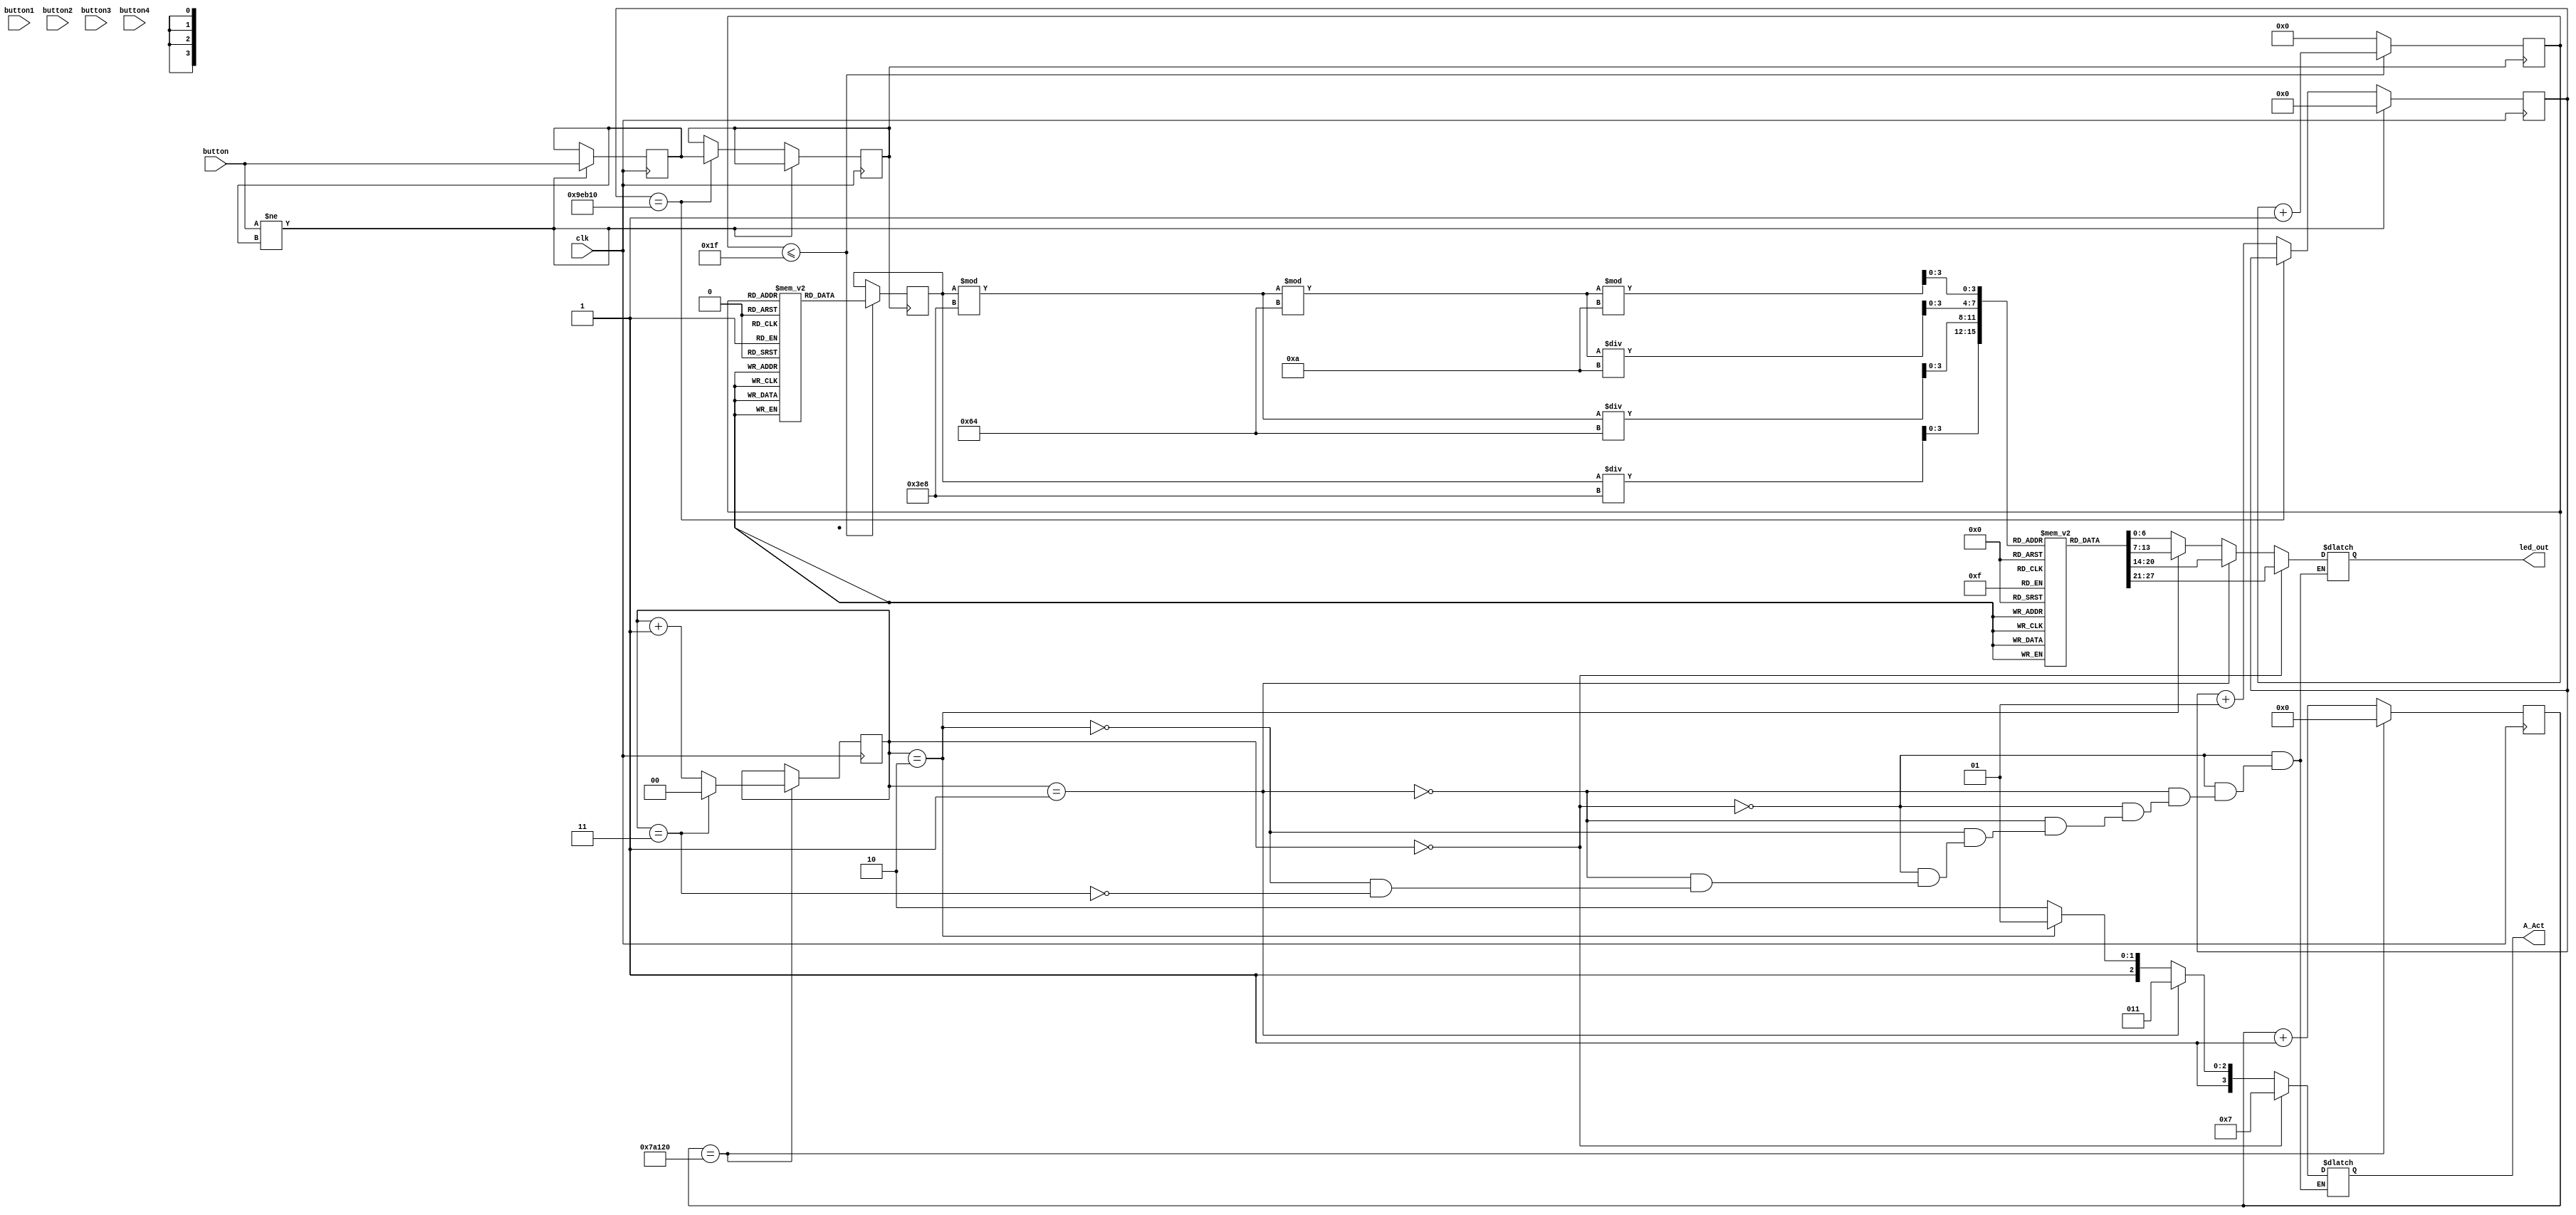
`timescale 1ns / 1ps
//////////////////////////////////////////////////////////////////////////////////
// Company: 
// Engineer:  
// Design Name: 
// Module Name: sdfdf
// Project Name: 
// Target Devices: 
// Tool Versions: 
// Description: 
// Dependencies: 
// Revision:
// Revision 0.01 - File Created
// Additional Comments:
//////////////////////////////////////////////////////////////////////////////////

module test(
 input button1,
 input button2, 
 input  button3,
 input button4,
 input clk, 
 input button,
 output reg [6:0] led_out,
 output reg [3:0] A_Act
);

  ///reg [3:0] digit_select = 4'b0000; // Initial digit selection
  reg [31:0]outnum=0000; 
  reg [25:0] count_25ms;
  reg [3:0] seg_a;
  reg [3:0] seg_b;
  reg [3:0] seg_c;
  reg [3:0] seg_d;
  reg [1:0] level; 
  reg [6:0] seg_display [0:9];
  reg[4:0]x =0;
  reg  xnew=0;
 reg buttonnew;
 integer count = 0;
 integer delay = 650000; // 6.5ms delay


// reading outputed data from cpu
 reg [31:0] instr_mem [0:31]; 	// instruction array

integer i ;

        
    // initial
    // begin
        
    //     $readmemb("output.mem", instr_mem);
    // end
    
   

    // initial
    // begin
    
    //    #5
    //     for(i=0;i<32;i++)
    //     $display (instr_mem[i]);  
        
        
    // end

    initial begin
        {instr_mem[          0]}= 32'b00000000000000000000000000000000;
        {instr_mem[          1]}= 32'b00000000000000000000000000000001;
        {instr_mem[          2]}= 32'b00000000000000000000000000000010;
        {instr_mem[          3]}= 32'b00000000000000000000000000000010;
        {instr_mem[          4]}= 32'b00000000000000000000000000000011;
        {instr_mem[          5]}= 32'b00000000000000000000000000001000;
        {instr_mem[          6]}= 32'b00000000000000000000000000000001;
        {instr_mem[          7]}= 32'b00000000000000000000000000000000;
        {instr_mem[          8]}= 32'b00000000000000000000000000000101;
        {instr_mem[          9]}= 32'b00000000000000000000000000000000;
        {instr_mem[         10]}= 32'b00000000000000000000000000000000;
        {instr_mem[         11]}= 32'b00000000000000000000000000000000;
        {instr_mem[         12]}= 32'b00000000000000000000000000000000;
        {instr_mem[         13]}= 32'b00000000000000000000000000000000;
        {instr_mem[         14]}= 32'b00000000000000000000000000000000;
        {instr_mem[         15]}= 32'b00000000000000000000000000000000;
        {instr_mem[         16]}= 32'b00000000000000000000000000000000;
        {instr_mem[         17]}= 32'b00000000000000000000000000000000;
        {instr_mem[         18]}= 32'b00000000000000000000000000000000;
        {instr_mem[         19]}= 32'b00000000000000000000000000000000;
        {instr_mem[         20]}= 32'b00000000000000000000000000000000;
        {instr_mem[         21]}= 32'b00000000000000000000000000000000;
        {instr_mem[         22]}= 32'b00000000000000000000000000000000;
        {instr_mem[         23]}= 32'b00000000000000000000000000000000;
        {instr_mem[         24]}= 32'b00000000000000000000000000000000;
        {instr_mem[         25]}= 32'b00000000000000000000000000000000;
        {instr_mem[         26]}= 32'b00000000000000000000000000000000;
        {instr_mem[         27]}= 32'b00000000000000000000000000000000;
        {instr_mem[         28]}= 32'b00000000000000000000000000000000;
        {instr_mem[         29]}= 32'b00000000000000000000000000000000;
        {instr_mem[         30]}= 32'b00000000000000000000000000000000;
        {instr_mem[         31]}= 32'b00000000000000000000000000000000;

     
    end

    // endo of reading part



initial begin
      seg_display[0] = 7'b1000000;
      seg_display[1] = 7'b1111001;
      seg_display[2] = 7'b0100100;
      seg_display[3] = 7'b0110000;
      seg_display[4] = 7'b0011001;
      seg_display[5] = 7'b0010010;
      seg_display[6] = 7'b0000010;
      seg_display[7] = 7'b1111000;
      seg_display[8] = 7'b0000000;
      seg_display[9] = 7'b0010000;
end

 always @(posedge clk) begin
    if (button != xnew) begin
      xnew <= button;
      count <= 0;
    end else if (count == delay) begin
      buttonnew <= xnew;
    end else begin
      count <= count + 1;
    end
  end

always @(posedge buttonnew) begin
    //if (posedge buttonnew) begin
      if (x <= 31) begin
       outnum <= instr_mem[x];
        x <= x + 1;
      end 
      else begin
        x<=0;
       // outnum <= instr_mem[x];
      end
      
  end


  
 
always @(posedge clk) begin
    // increment the 25ms counter
    count_25ms <= count_25ms + 1;
    
    // check if 25ms has elapsed
    if (count_25ms == 500000) begin
        count_25ms <= 0; // reset the 25ms counter
        
        // increment the level counter
        if (level == 4'b11) begin
            level <= 0; // reset the level counter
        end else begin
            level <= level+ 1;
        end
    end
end


always @(*) begin
  
seg_a <= outnum / 1000;                 
seg_b <= (outnum % 1000) / 100;         
seg_c <= ((outnum % 1000)%100)/10;
seg_d <= ((outnum % 1000)%100)%10;

    
    if (level == 2'b00) begin
        A_Act = 4'b0111; 
        led_out=seg_display[seg_a];
    end
    else if (level == 2'b01) begin
        A_Act = 4'b1011; 
        led_out=seg_display[seg_b];
       
    end
    else if (level == 2'b10) begin
         A_Act = 4'b1101;  
         led_out=seg_display[seg_c];
    end
    else if (level == 2'b11) begin
         A_Act = 4'b1110; 
         led_out =seg_display[seg_d]; 
    end
  end
 


endmodule